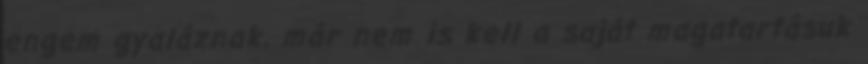
engem gyaláznak, már nem is kell a saját magatartásuk